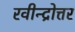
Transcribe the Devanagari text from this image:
रवीन्द्रोत्तर